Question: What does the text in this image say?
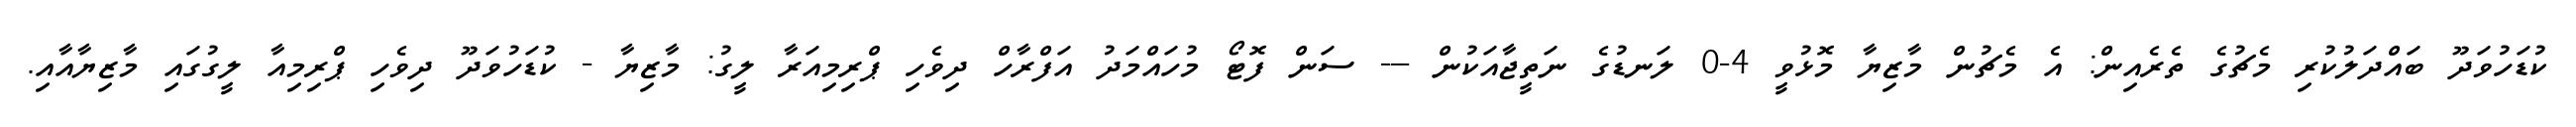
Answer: ކުޑަހުވަދޫ ބައްދަލުކުރި މެޗުގެ ތެރެއިން: އެ މެޗުން މާޒިޔާ މޮޅުވީ 4-0 ލަނޑުގެ ނަތީޖާއަކުން --- ސަން ފޮޓޯ މުހައްމަދު އަފްރާހް ދިވެހި ޕްރިމިއަރާ ލީގު: މާޒިޔާ - ކުޑަހުވަދޫ ދިވެހި ޕްރިމިއާ ލީގުގައި މާޒިޔާއާއި.